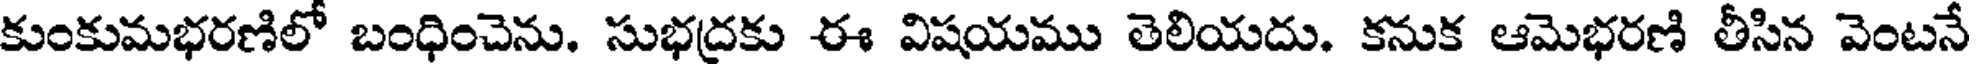
కుంకుమభరణిలో బంధించెను. సుభద్రకు ఈ విషయము తెలియదు. కనుక ఆమెభరణి తీసిన వెంటనే